Civil Veterinary Dept. Bombay admin report 1932-41 - 1932-1941
Year: 1932
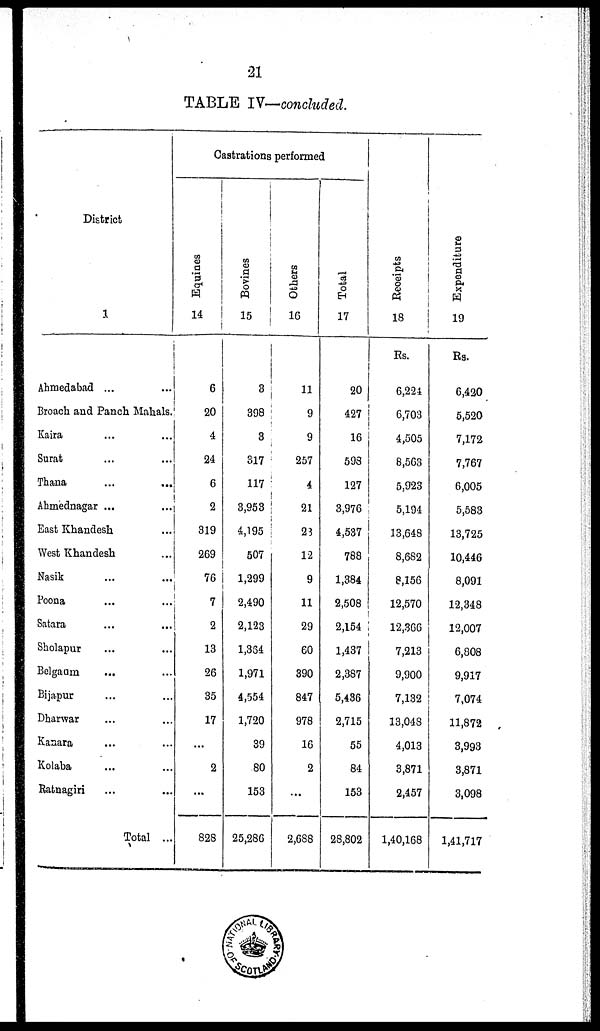
21
TABLE IV—concluded.
District
1
Ahmedabad ...
...
Broach and Panch Mahals.
Kaira ... ...
Surat ... ...
Thana
...
...
Ahmednagar ...
...
East Khandesh
...
West Khandesh ...
Nasik
...
...
Poona ... ...
Satara ... ...
Sholapur ... ...
Belgaum ... ...
Bijapur ... ...
Dharwar ... ...
Kanara ... ...
Kolaba ... ...
Ratnagiri ... ...
Total ...
Castrations performed
Equines
14
6
20
4
24
6
2
319
269
76
7
2
13
26
35
17
...
2
...
828
Bovines
15
3
398
3
317
117
3,953
4,195
507
1,299
2,490
2,123
1,364
1,971
4,554
1,720
39
80
153
25,286
Others
16
11
9
9
257
4
21
23
12
9
11
29
60
390
847
978
16
2
...
2,688
Total
17
20
427
16
598
127
3,976
4,537
788
1,384
2,508
2,154
1,437
2,387
5,436
2,715
55
84
153
28,802
Recei pt s
18
Rs.
6,224
6,703
4,505
8,563
5,923
5,194
13,648
8,682
8,156
12,570
12,306
7,213
9,900
7,132
13,048
4,013
3,871
2,457
1,40,168
Expenditure
19
Rs.
6,420
5,520
7,172
7,767
6,005
5,583
13,725
10,446
8,091
12,348
12,007
6,808
9,917
7,074
11,872
3,993
3,871
3,098
1,41,717